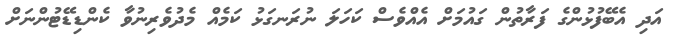
އަދި އެބޭފުޅުންގެ ފަރާތުން ގައުމަށް އެއްވެސް ކަހަލަ ނުރަނގަޅު ކަމެއް މެދުވެރިނުވާ ކެންޑިޑޭޓުންނަށް